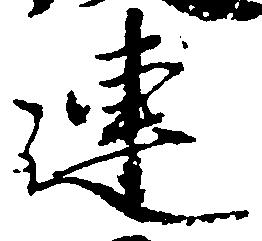
連